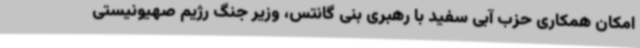
امکان همکاری حزب آبی سفید با رهبری بنی گانتس، وزیر جنگ رژیم صهیونیستی